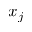
x _ { j }